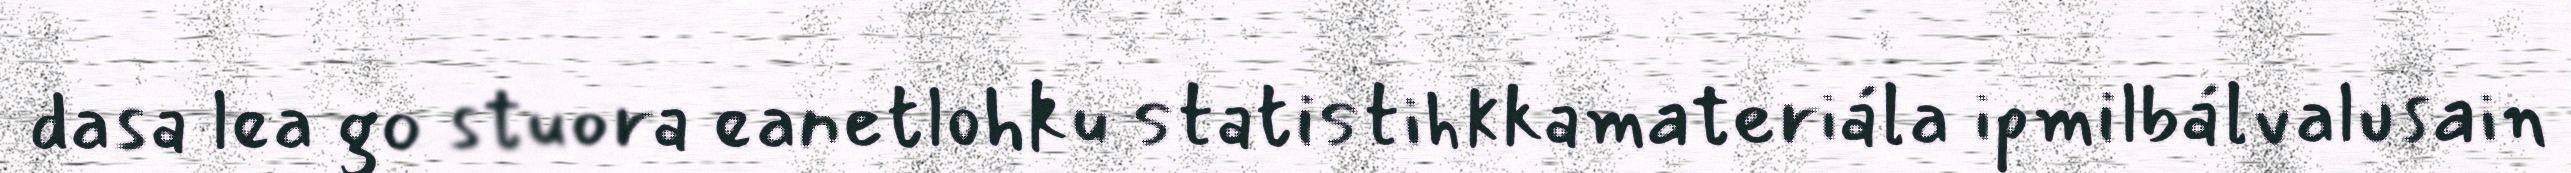
dasa lea go stuora eanetlohku statistihkkamateriála ipmilbálvalusain